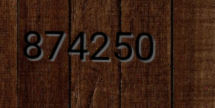
874250